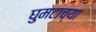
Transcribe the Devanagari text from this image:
घुमटाच्या